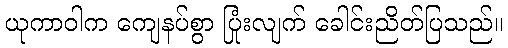
ယုကာဝါက ကျေနပ်စွာ ပြုံးလျက် ခေါင်းညိတ်ပြသည်။